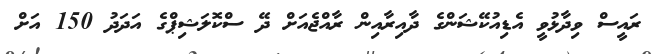
ރައީސް ވިދާޅުވީ އެޑިއުކޭޝަންގެ ދާއިރާއިން ރާއްޖެއަށް ދޭ ސްކޮލަޝިޕްގެ އަދަދު 150 އަށް